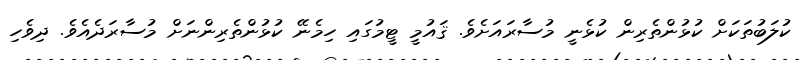
ކުލަބުތަކަށް ކުޅުންތެރިން ކުޅެނީ މުސާރައަށެވެ. ޤައުމީ ޓީމުގައި ހިމެނޭ ކުޅުންތެރިންނަށް މުސާރަދެއެވެ. ދިވެހި